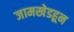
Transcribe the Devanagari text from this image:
जामखेडहून